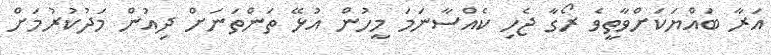
އަރާ ބައްޔަކަށްވާތީވެ ރޯގާ ޖެހި ކެއްސާނަމަ މީހުން އުޅޭ ތަންތަނަށް ދިއުން މަދުކުރުމަށް